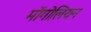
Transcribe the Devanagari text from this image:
मोंगोलियन